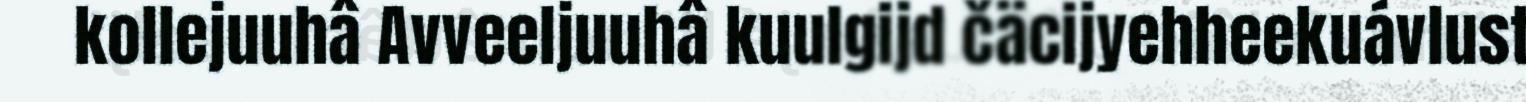
kollejuuhâ Avveeljuuhâ kuulgijd čäcijyehheekuávlust